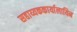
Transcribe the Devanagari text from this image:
सहाय्यककार्यालायिन